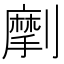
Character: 𠠒